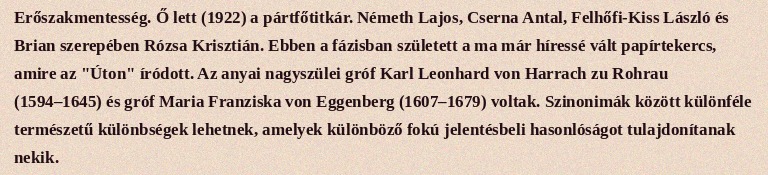
Erőszakmentesség. Ő lett (1922) a pártfőtitkár. Németh Lajos, Cserna Antal, Felhőfi-Kiss László és Brian szerepében Rózsa Krisztián. Ebben a fázisban született a ma már híressé vált papírtekercs, amire az "Úton" íródott. Az anyai nagyszülei gróf Karl Leonhard von Harrach zu Rohrau (1594–1645) és gróf Maria Franziska von Eggenberg (1607–1679) voltak. Szinonimák között különféle természetű különbségek lehetnek, amelyek különböző fokú jelentésbeli hasonlóságot tulajdonítanak nekik.